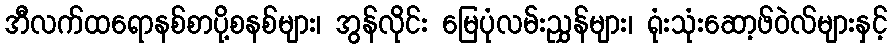
အီလက်ထရောနစ်စာပို့စနစ်များ၊ အွန်လိုင်း မြေပုံလမ်းညွှန်များ၊ ရုံးသုံးဆော့ဖ်ဝဲလ်များနှင့်